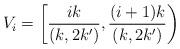
LaTeX: \begin{align*}V_{i} = \left[\frac{ik}{(k,2k')},\frac{(i+1)k}{(k,2k')}\right)\end{align*}